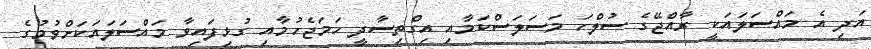
އަދި އެ މައްސަލައަކީ ރާއްޖޭގެ ސުލްހަ މަސަލަސްކަމާއި އިގްތިސާދީ ހަމަޖެހުމާއި ގުޅިފައިވާ މައްސަލައަކަށްވުމުގެ